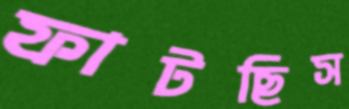
ফাটছিস